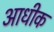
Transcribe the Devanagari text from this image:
आधीक